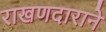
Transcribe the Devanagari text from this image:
राखणदाराने